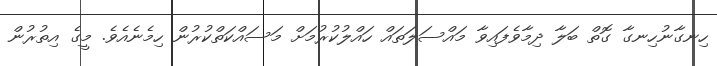
ހިނގާނުހިނގާ ގޮތް ބަލާ ދިމާވެފައިވާ މައްސަލަތައް ހައްލުކުރުމަށް މަސައްކަތްކުރުން ހިމެނެއެވެ. މީގެ އިތުރުން